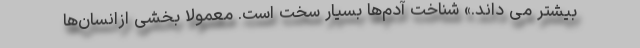
بیشتر می داند.» شناخت آدم‌ها بسیار سخت است. معمولا بخشی ازانسان‌ها